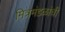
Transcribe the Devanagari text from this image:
मित्रमंडळांची